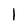
Character: 1